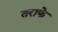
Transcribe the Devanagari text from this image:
तराफे